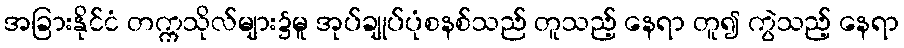
အခြားနိုင်ငံ တက္ကသိုလ်များ၌မူ အုပ်ချုပ်ပုံစနစ်သည် တူသည့် နေရာ တူ၍ ကွဲသည့် နေရာ